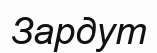
Зардут